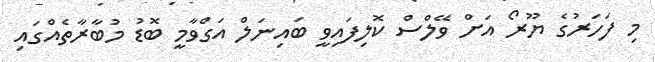
މި ފަހަރުގެ ޔޫރޯ އަށް ވޭލްސް ކޮލިފައިވީ ބައިނަލް އަގްވާމީ ބޮޑު މުބާރާތެއްގައި